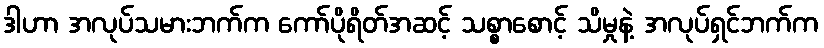
ဒါဟာ အလုပ်သမားဘက်က ကော်ပိုရိတ်အဆင့် သစ္စာစောင့် သိမှုနဲ့ အလုပ်ရှင်ဘက်က